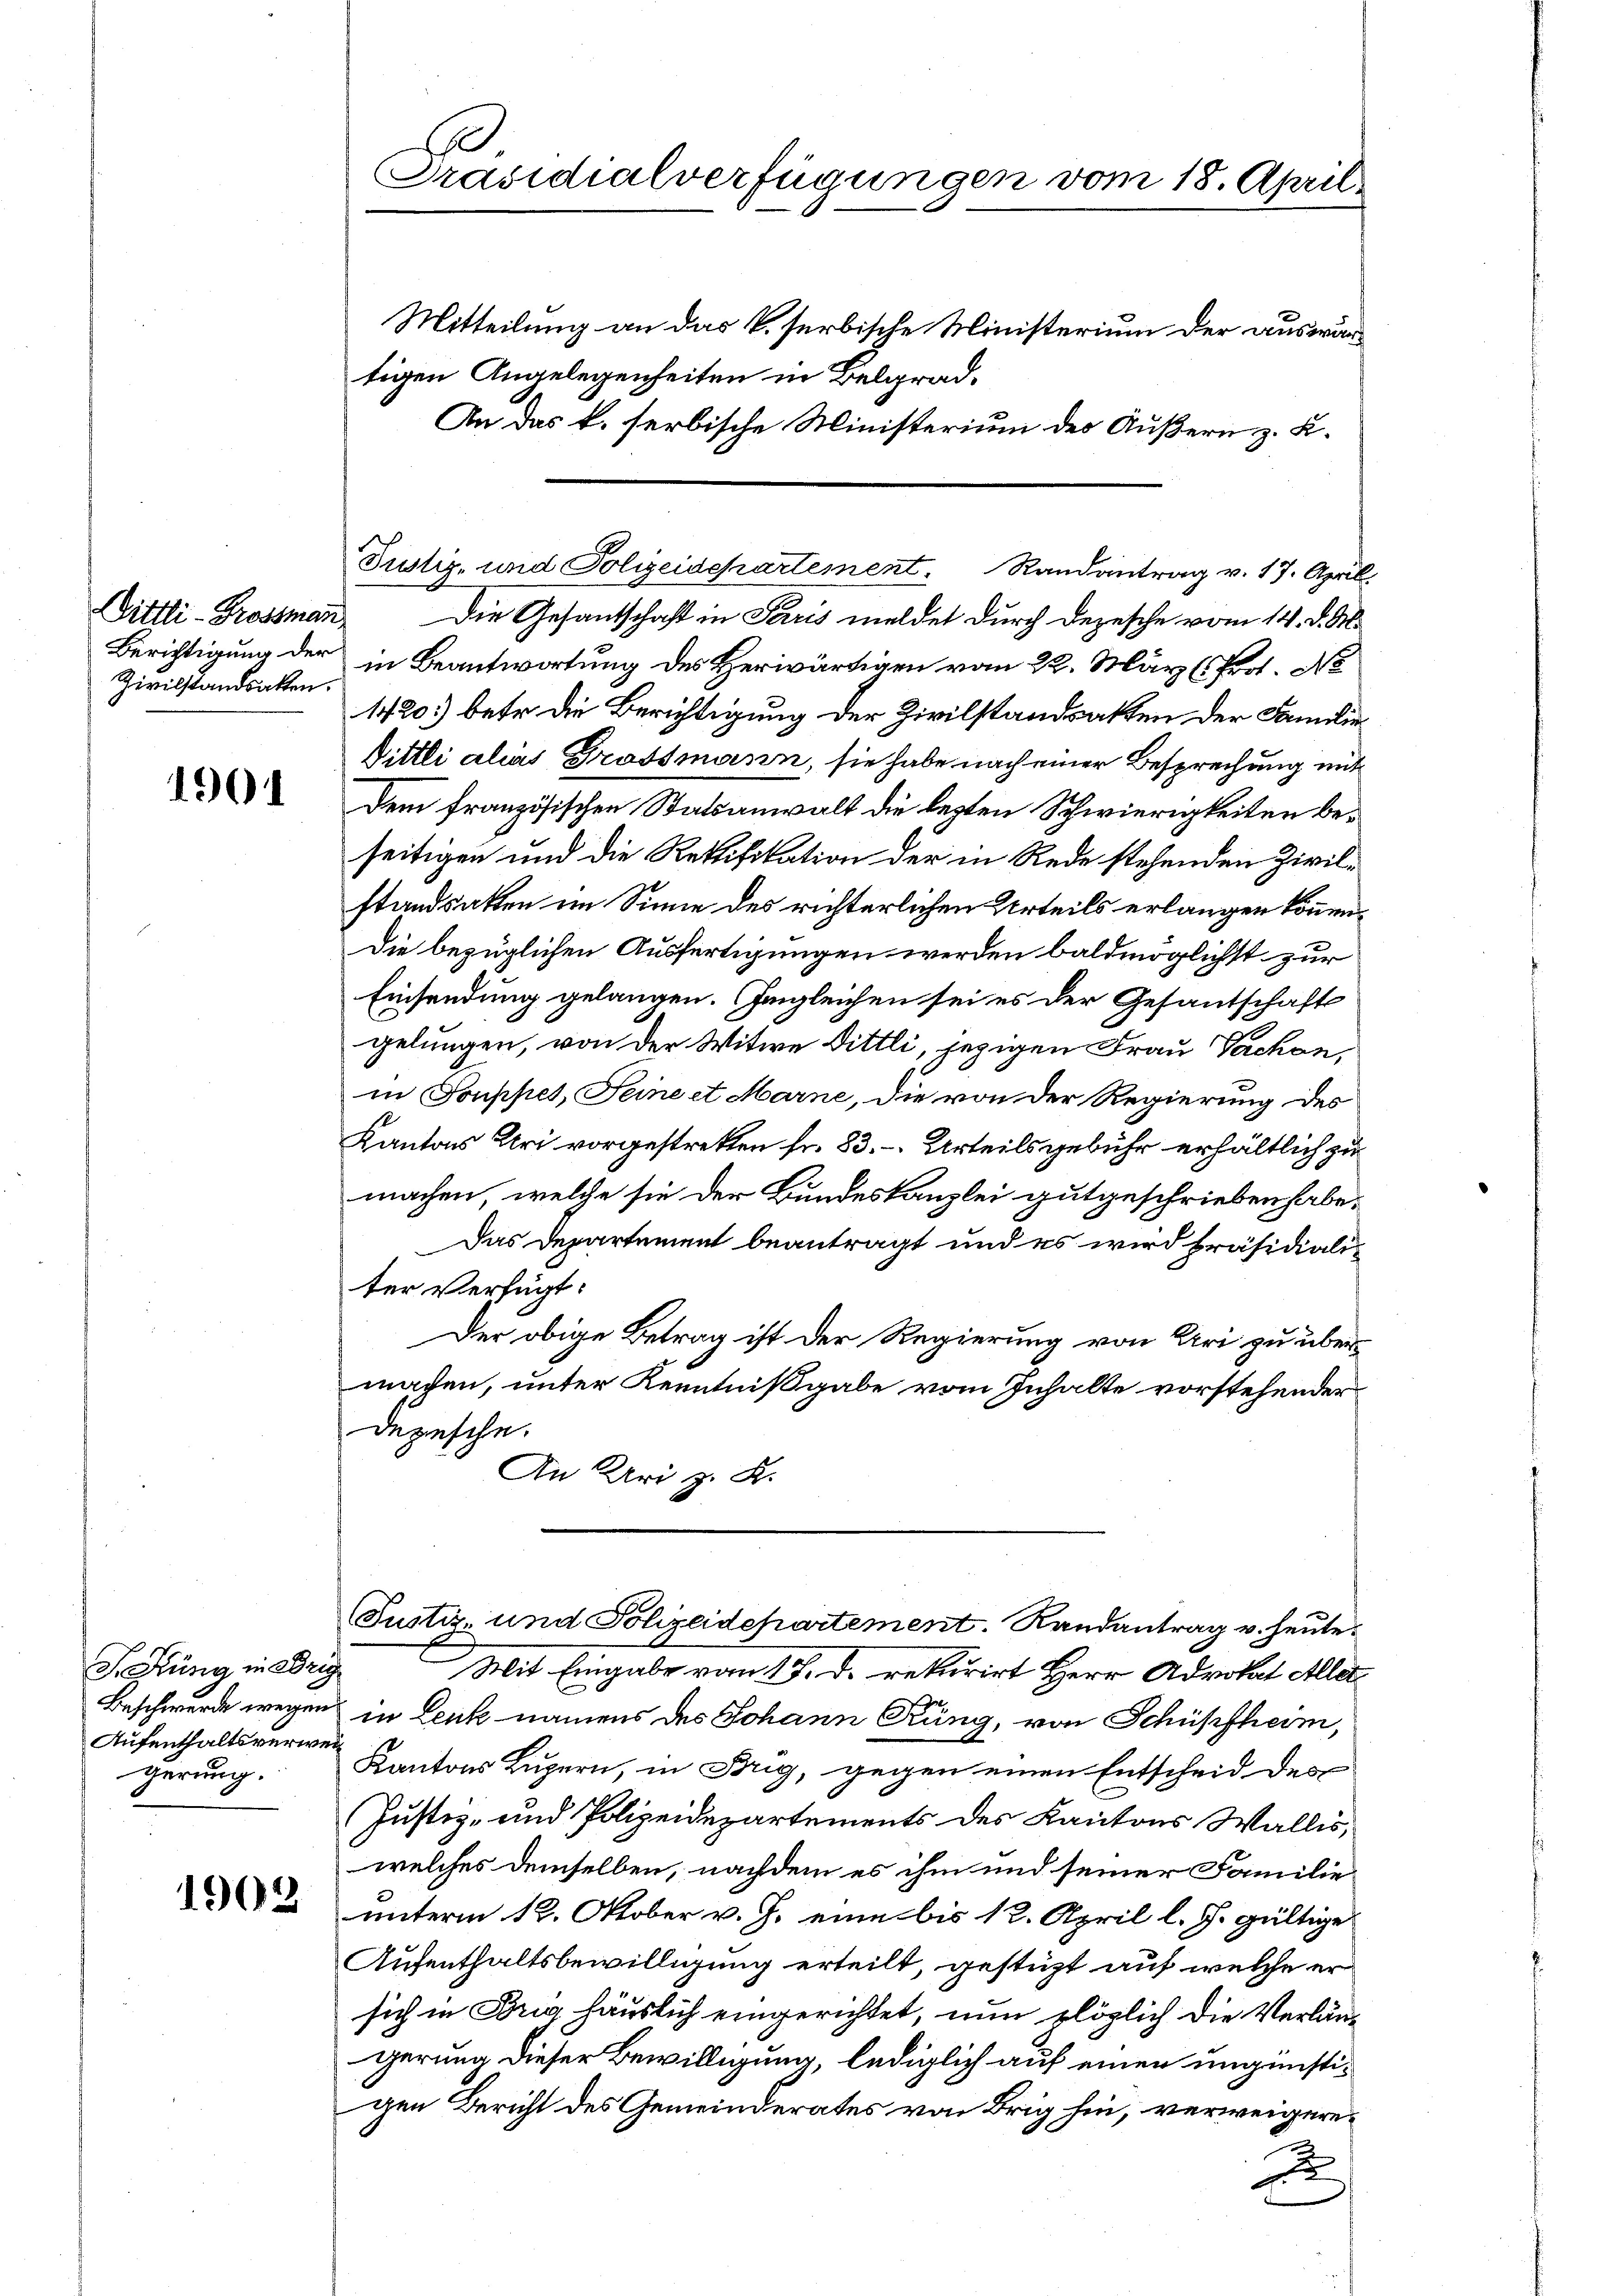
Zivilstandsakten.

1901

S. Küng in Brig
Aufenthaltsverweigerung.

1902

E
Präsidialverfügungen vom 18. April.

Mitteilung an das k. serbische Ministerium der auswärtigen Angelegenheiten in Belgrad¬
An das k. herbische Ministerium des Äußern z. K.
Justiz- und Polizeidepartement. Randantrag v. 17. April.
Sittli-Grossman. Die Gesandtschaft in Paris meldet durch Depesche vom 14. d. M.
Berichtigung der in Beantwortung des Herwärtigen vom 22. März l. Prot. N
1420) betr. die Berichtigung der Zivilstandsatten der Familie
Dittli alias Grossmann, sie habe nach einer Besprechung mit
dem französischen Statsanwalt die lezten Schwierigkeiten beseitigen und die Rektifikation der in Rede stehenden Zivilstandsakten im Sinne des richterlichen Urteils erlangen können.
Die bezüglichen Ausfertigungen werden baldmöglichst zur
Einsendung gelangen. Ingleichen sei es der Gesantschaft
gelungen, von der Witwe Dittli, jezigen Frau Sachen,
in Souppes, Seine et Marne, die von der Regierung des
Kantons Uri vorgestrekten fr. 83. Urteils gebühr erhältlich zu
machen, welche sie der Bundeskanzlei gutgeschrieben habe.
Das Departement beantragt und es wird präsidialiter Verfügt:
Der obige Betrag ist der Regierung von Uri zu übermachen, unter Kenntnißgabe vom Inhalte vorstehender
Depesche.
An Uri z. B.
Justiz- und Polizeidepartement. Randantrag v. heute.
Mit Eingabe vom 17. d. rekurirt Herr Advokat Aller
Beschwerde wegens in Lenk namens des Johann Küng, von Schüpfheim,
Kantons Luzern, in Brig, gegen einen Entscheid des
Justiz- und Polizeidepartements des Kantons Wallis,
welches demselben, nachdem es ihm und seiner Familie
unterm 12. Oktober v. J. eine bis 12. April l. J. gültige
Aufenthaltsbewilligung erteilt, gestüzt auf welche er
sich in Brig häuslich eingerichtet, nun plöglich die Verlängerung dieser Bewilligung, lediglich auf einen ungünstigen Bericht des Gemeinderates von Brig hin, verweigere¬
u